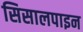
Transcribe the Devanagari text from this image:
सिसालपाइन